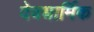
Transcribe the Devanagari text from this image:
देवधार्मिक